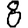
Digit: 8